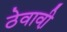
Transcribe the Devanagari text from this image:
ठेवावी़